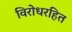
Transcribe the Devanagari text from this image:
विरोधरहित